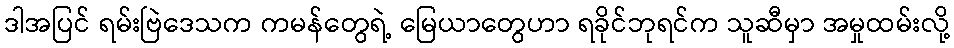
ဒါအပြင် ရမ်းဗြဲဒေသက ကမန်တွေရဲ့ မြေယာတွေဟာ ရခိုင်ဘုရင်က သူဆီမှာ အမှုထမ်းလို့